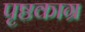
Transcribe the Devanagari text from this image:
पृष्ठकाग्र